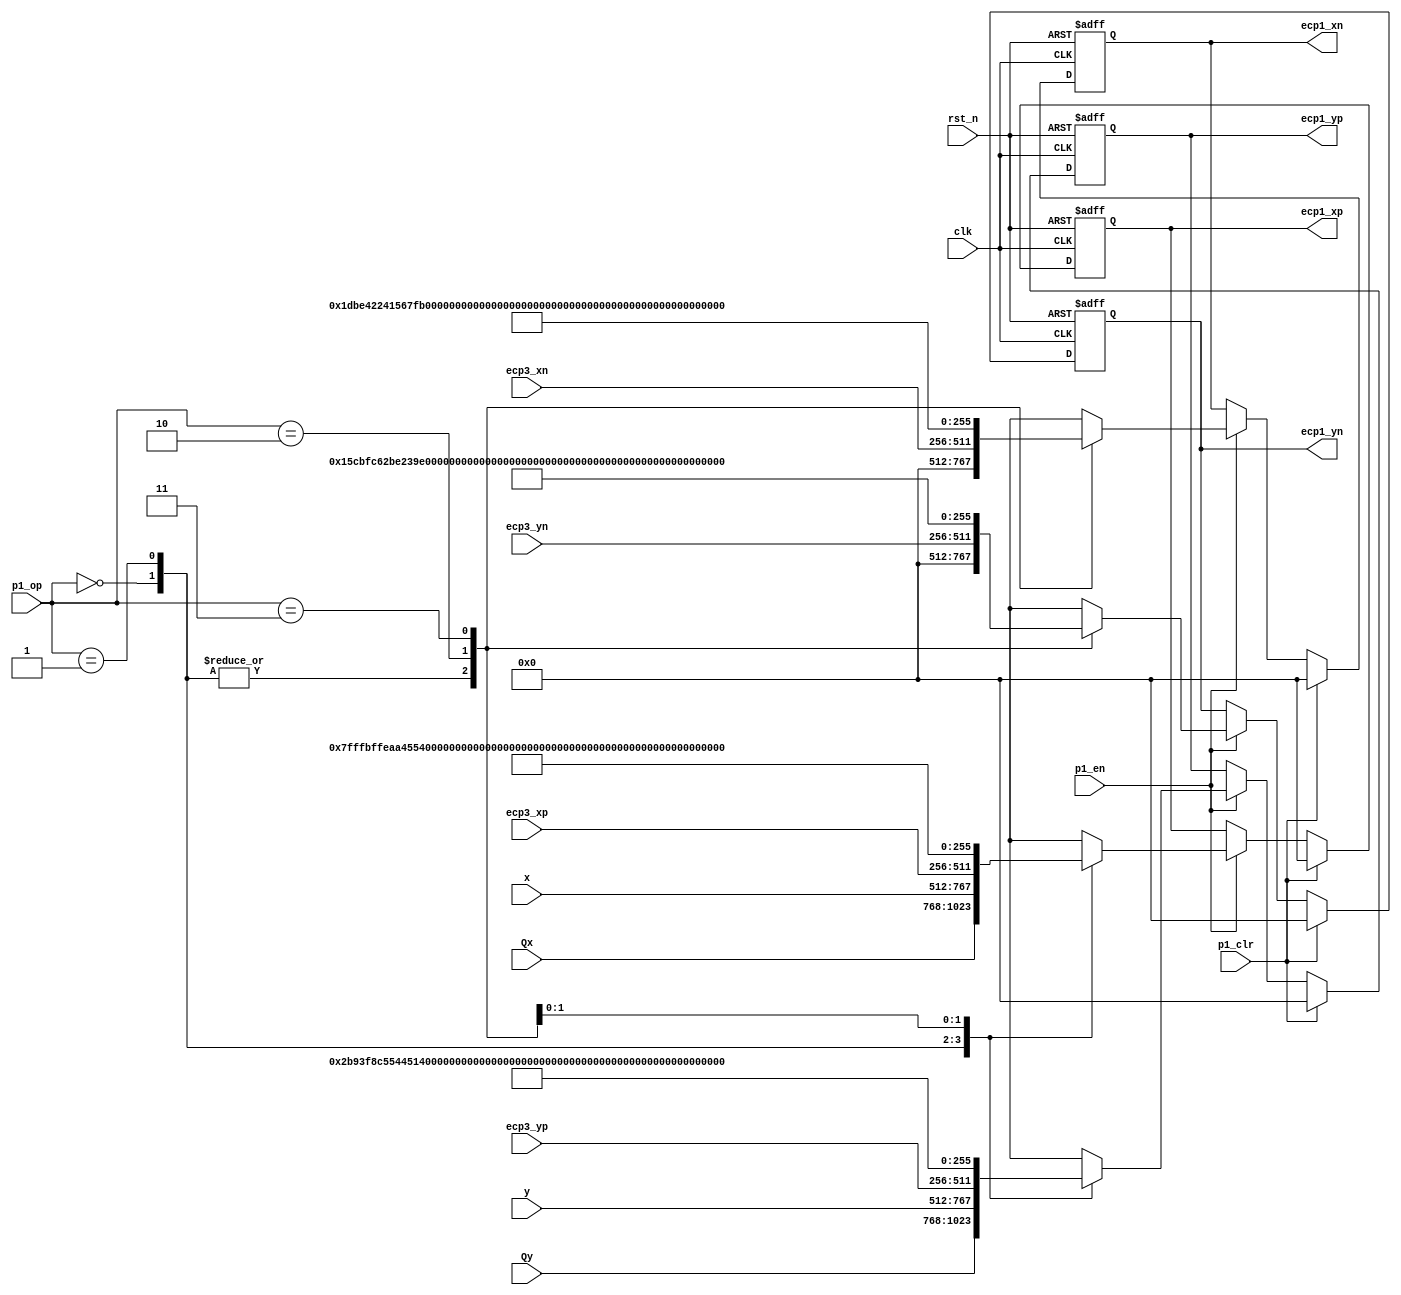
//-----------------------------------------------------------------------------
// Title         : ECC Core P1 Register
// Project       : ECC 1.1
//-----------------------------------------------------------------------------
//-----------------------------------------------------------------------------
// Description :
// ECC Core P1 Register
//-----------------------------------------------------------------------------
// Copyright (c) 2018 by ISLAB This model is the confidential and
// proprietary property of ISLAB and the possession or use of this
// file requires a written license from ISLAB.
//------------------------------------------------------------------------------
// Modification history :
// 23.12.2018 : created by Haeyoung Kim
// 25.12.2018 : Function Verification Done and Code Refactoring by Haeyoung Kim
//-----------------------------------------------------------------------------
module ecc_p1 (/*AUTOARG*/
   // Outputs
   ecp1_xp, ecp1_xn, ecp1_yp, ecp1_yn,
   // Inputs
   clk, rst_n, p1_op, p1_en, p1_clr, Qx, Qy, x, y, ecp3_xp, ecp3_xn, ecp3_yp,
   ecp3_yn
   ) ;
   input         clk, rst_n;
   input [1:0]   p1_op;
   input         p1_en;
   input         p1_clr;

   input  [255:0] Qx, Qy;
   input  [255:0] x, y;

   input  [255:0] ecp3_xp, ecp3_xn;
   input  [255:0] ecp3_yp, ecp3_yn;

   output [255:0] ecp1_xp, ecp1_xn;
   output [255:0] ecp1_yp, ecp1_yn;

   localparam P1_SET_Q    = 2'b00;
   localparam P1_SET_T    = 2'b01;
   localparam P1_SET_N    = 2'b10;
   localparam P1_SET_M    = 2'b11;

   localparam P1_MXP = 256'h7fffbffeaa455255d024aaa44511288452555022f7fffffdf7fffffffffffeff;
   localparam P1_MXN = 256'h1dbe42241567fb3be836ddf6678894427b6af831784927f810633caf9d5bae0f;
   localparam P1_MYP = 256'h2b93f8c55445142aa94454492910a954aaaa4922d0cf22e6ef929abe74aab054;
   localparam P1_MYN = 256'h15cbfc62be239e155da23a25b488dcbe7d7f6591e867917377c94d5f3a55582a;

   reg [255:0]   ecp1_xp, ecp1_xp_nxt;
   reg [255:0]   ecp1_xn, ecp1_xn_nxt;
   reg [255:0]   ecp1_yp, ecp1_yp_nxt;
   reg [255:0]   ecp1_yn, ecp1_yn_nxt;

   always @ (*) begin
      case (p1_op)
        P1_SET_Q  : ecp1_xp_nxt = Qx;
        P1_SET_T  : ecp1_xp_nxt = x;
        P1_SET_N  : ecp1_xp_nxt = ecp3_xp;
        P1_SET_M  : ecp1_xp_nxt = P1_MXP;
      endcase // case (p1_op)
   end

   always @ (*) begin
      case (p1_op)
        P1_SET_Q  : ecp1_xn_nxt = 256'd0;
        P1_SET_T  : ecp1_xn_nxt = 256'd0;
        P1_SET_N  : ecp1_xn_nxt = ecp3_xn;
        P1_SET_M  : ecp1_xn_nxt = P1_MXN;
      endcase // case (p1_op)
   end

   always @ (*) begin
      case (p1_op)
        P1_SET_Q  : ecp1_yp_nxt = Qy;
        P1_SET_T  : ecp1_yp_nxt = y;
        P1_SET_N  : ecp1_yp_nxt = ecp3_yp;
        P1_SET_M  : ecp1_yp_nxt = P1_MYP;
      endcase // case (p1_op)
   end

   always @ (*) begin
      case (p1_op)
        P1_SET_Q  : ecp1_yn_nxt = 256'd0;
        P1_SET_T  : ecp1_yn_nxt = 256'd0;
        P1_SET_N  : ecp1_yn_nxt = ecp3_yn;
        P1_SET_M  : ecp1_yn_nxt = P1_MYN;
      endcase // case (p1_op)
   end

   always @ (posedge clk or negedge rst_n) begin
      if(!rst_n) begin
         ecp1_xp   <= 256'd0;
         ecp1_xn   <= 256'd0;
         ecp1_yp   <= 256'd0;
         ecp1_yn   <= 256'd0;
      end else begin
         if(p1_clr) begin
            ecp1_xp   <= 256'd0;
            ecp1_xn   <= 256'd0;
            ecp1_yp   <= 256'd0;
            ecp1_yn   <= 256'd0;
         end else if (p1_en) begin
            ecp1_xp   <= ecp1_xp_nxt;
            ecp1_xn   <= ecp1_xn_nxt;
            ecp1_yp   <= ecp1_yp_nxt;
            ecp1_yn   <= ecp1_yn_nxt;
         end
      end
   end

endmodule // ecc_p1